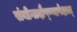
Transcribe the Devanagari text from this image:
संयोगादौष्ण्यापेक्षात्